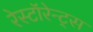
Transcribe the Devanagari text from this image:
रेस्टॉरेन्ट्स